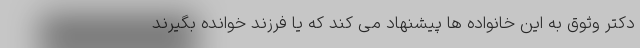
دکتر وثوق به این خانواده ها پیشنهاد می کند که یا فرزند خوانده بگیرند